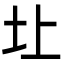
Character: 圵